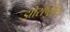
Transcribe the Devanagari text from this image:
झोराष्ट्रीय